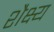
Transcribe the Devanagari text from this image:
शैक्ष्य